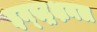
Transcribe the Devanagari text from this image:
इन्स्ट्रक्षनल